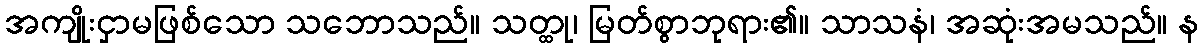
အကျိုးငှာမဖြစ်သော သဘောသည်။ သတ္ထု၊ မြတ်စွာဘုရား၏။ သာသနံ၊ အဆုံးအမသည်။ န